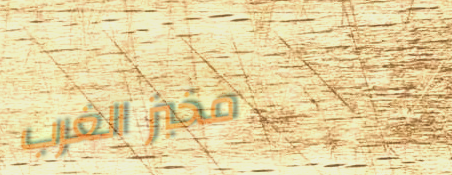
مخبز الغرب